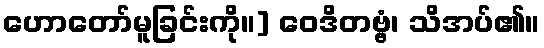
ဟောတော်မူခြင်းကို။] ဝေဒိတဗ္ဗံ၊ သိအပ်၏။